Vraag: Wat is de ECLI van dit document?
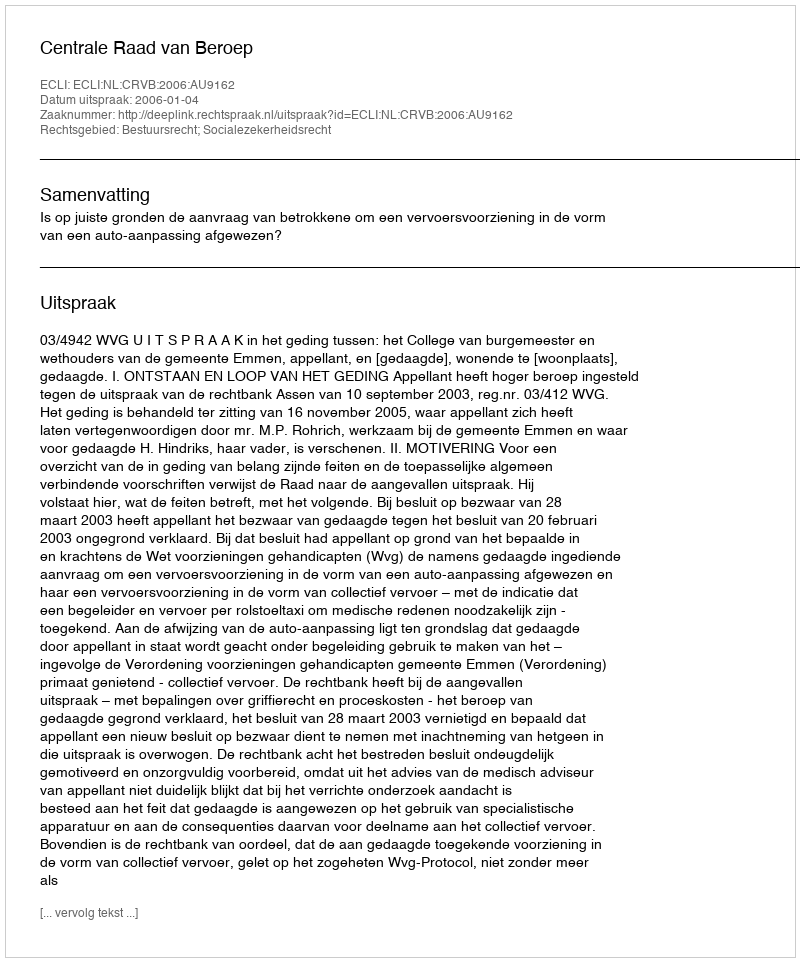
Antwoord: ECLI:NL:CRVB:2006:AU9162